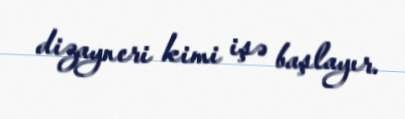
dizayneri kimi işə başlayır.